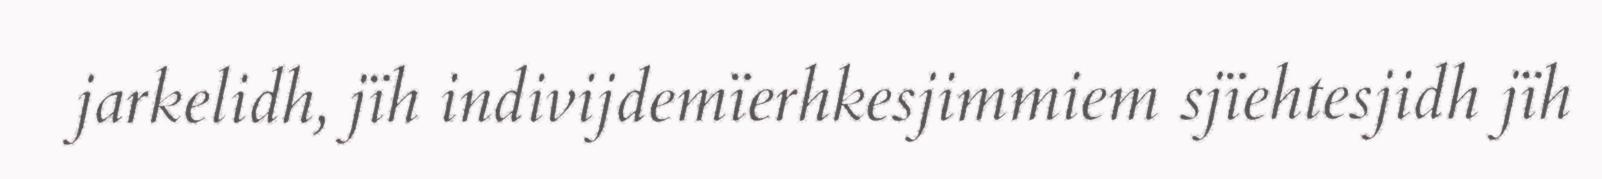
jarkelidh, jïh indivijdemïerhkesjimmiem sjïehtesjidh jïh